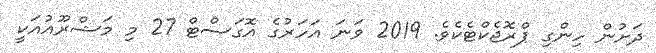
ދަށުން ހިންގި ޕްރޮޖެކްޓެކެވެ. 2019 ވަނަ އަހަރުގެ އޮގަސްޓް 27 މި މަޝްރޫއުއަކީ